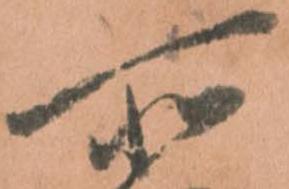
所